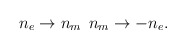
\begin{align*}n_{e} \rightarrow n_{m} \> \> n_{m} \rightarrow - n_{e}.\end{align*}